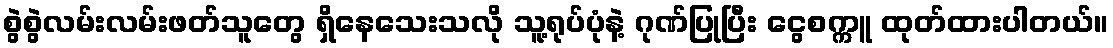
စွဲစွဲလမ်းလမ်းဖတ်သူတွေ ရှိနေသေးသလို သူ့ရုပ်ပုံနဲ့ ဂုဏ်ပြုပြီး ငွေစက္ကူ ထုတ်ထားပါတယ်။